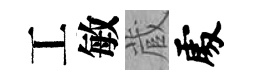
工敏蔵𠁅